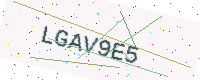
Text: LGAV9E5